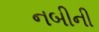
નબીની